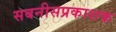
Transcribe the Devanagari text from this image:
सबनीसप्रकाशक